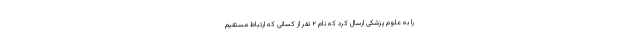
را به علوم پزشکی ارسال کرد که نام ۲ نفر از کسانی که ارتباط مستقیم